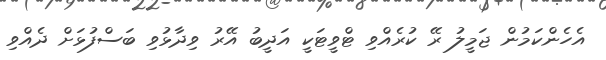
އެހެންކަމުން ޖަމީލު ރޭ ކުރެއްވި ޓްވީޓަކީ އަދީބު އޭރު ވިދާޅުވި ބަސްފުޅަށް ދެއްވި